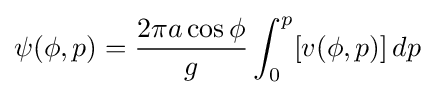
\psi (\phi ,p)={\frac {2\pi a\cos \phi }{g}}\int _{0}^{p}[v(\phi ,p)]\,dp